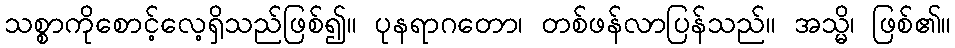
သစ္စာကိုစောင့်လေ့ရှိသည်ဖြစ်၍။ ပုနရာဂတော၊ တစ်ဖန်လာပြန်သည်။ အသ္မိ၊ ဖြစ်၏။